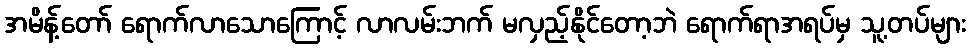
အမိန့်တော် ရောက်လာသောကြောင့် လာလမ်းဘက် မလှည့်နိုင်တော့ဘဲ ရောက်ရာအရပ်မှ သူ့တပ်များ